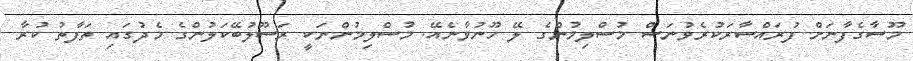
މޫސާގެފާނަށް ފުރައްސާރަކުރެވުނަސް މުސްލިމުންގެ ލޭ ހޫނުވާނެއޭ. މުސްލިމުންނަކީ ރަސޫލުބޭކަލުންގެ މެދުގައި ތަފާތު ކުރާ